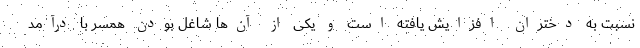
نسبت به دختران افزایش یافته است و یکی از آن‌ها شاغل بودن همسر با درآمد